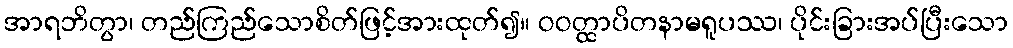
အာရဘိတွာ၊ တည်ကြည်သောစိတ်ဖြင့်အားထုတ်၍။ ဝဝတ္ထာပိတနာမရူပဿ၊ ပိုင်းခြားအပ်ပြီးသော